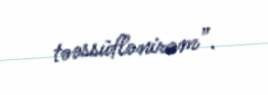
təəssüflənirəm”.